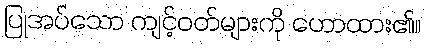
ပြုအပ်သော ကျင့်ဝတ်များကို ဟောထား၏။